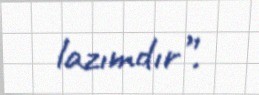
lazımdır”.